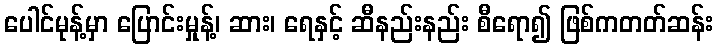
ပေါင်မုန့်မှာ ပြောင်းမှုန့်၊ ဆား၊ ရေနှင့် ဆီနည်းနည်း စီရော၍ ဖြစ်ကတတ်ဆန်း